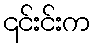
၎င်းင်းက